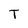
Character: T